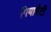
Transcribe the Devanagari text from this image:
गियामैटी